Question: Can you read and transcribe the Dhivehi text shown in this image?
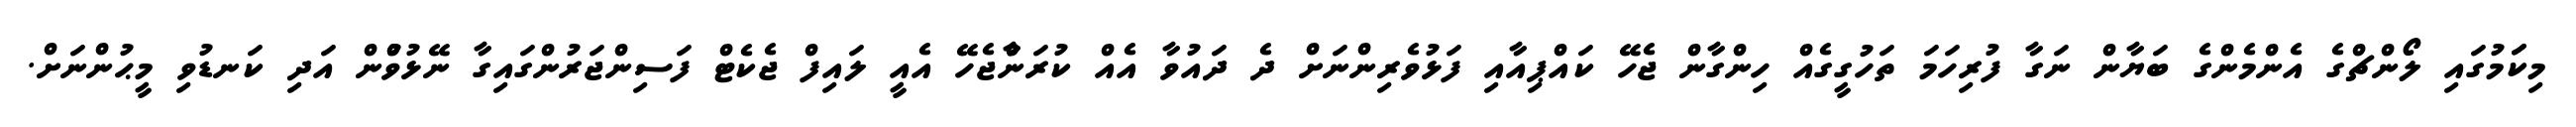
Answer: މިކަަމުގައި ލޯންޗްގެ އެންމެންގެ ބަޔާން ނަގާ ފުރިހަމަ ތަހުގީގެއް ހިންގާން ޖެހޭ ކައްޕިއާއި ފަޅުވެރިންނަށް ދެ ދައުވާ އެއް ކުރަންާޖެހޭ އެއީ ލައިފް ޖެކެޓް ފަސިންޖަރުންގައިގާ ނޭޅުވުްން އަދި ކަނޑުވި މީޙުންނަށް.